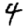
Digit: 4